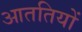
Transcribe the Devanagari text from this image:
आततियों